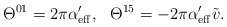
\begin{align*}\Theta^{01} = 2\pi \alpha'_{\rm eff},\ \ \Theta^{15} = - 2\pi\alpha'_{\rm eff} \tilde v.\end{align*}